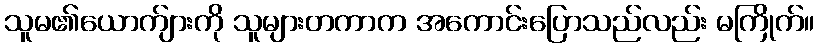
သူမ၏ယောက်ျားကို သူများတကာက အကောင်းပြောသည်လည်း မကြိုက်။